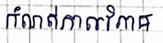
កំណត់កាលវិភាគ